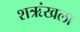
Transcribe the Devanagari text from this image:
शऋंखला